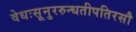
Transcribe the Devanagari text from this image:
वेधःसूनुररुन्धतीपतिरसौ